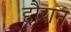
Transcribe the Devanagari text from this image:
द्दौरान